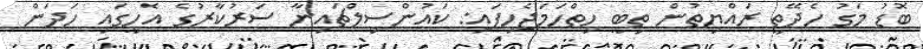
ބޮޑު މަގު ހެދޭތީ ރައްޔިތުން ތިބީ ހިތްހަމަޖެހިފައި: ކައުންސިލްޗައިނާ ސަރުކާރުގެ އެހީގައި ހަދަން